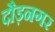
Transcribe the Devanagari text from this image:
दौड़नगर